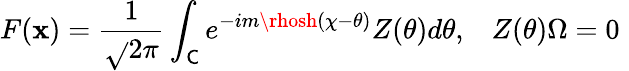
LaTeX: F(\mathbf{x})=\frac{{1}}{{\sqrt{}{{2\pi}}}}\int_{\mathsf{{C}}}e^{-im\rhosh(\chi-\theta)}Z(\theta)d\theta,\, \, \, \, \, Z(\theta)\Omega=0\, \,